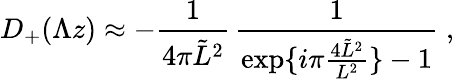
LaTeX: D_{+}(\Lambda z)\approx-\frac{1}{4\pi\tilde{L}^{2}}\, \frac{1}{\exp\{ i\pi\frac{4\tilde{L}^{2}}{L^{2}}\} -1}\; ,